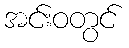
အင်းဝတွင်